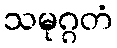
သမုဂ္ဂတံ